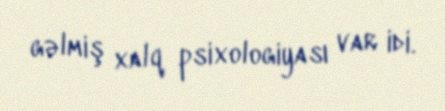
gəlmiş xalq psixologiyası var idi.